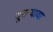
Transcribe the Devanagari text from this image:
दुसर्‍याया